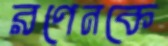
রণেনকে